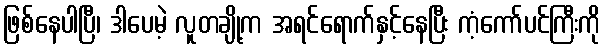
ဖြစ်နေပါပြီ၊ ဒါပေမဲ့ လူတချို့က အရင်ရောက်နှင့်နေပြီး ကံ့ကော်ပင်ကြီးကို